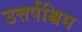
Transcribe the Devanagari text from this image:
उत्तर्पश्चिम